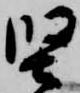
堅